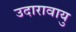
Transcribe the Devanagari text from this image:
उदारावायु